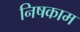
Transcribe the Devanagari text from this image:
निषकाम